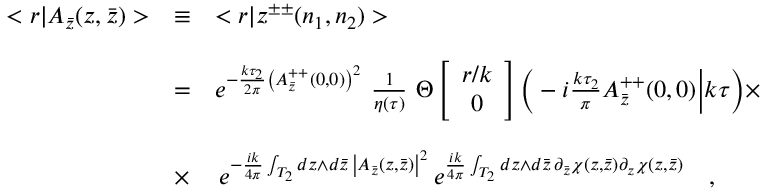
\begin{array} { r c l } { { < r | A _ { \bar { z } } ( z , \bar { z } ) > } } & { { \equiv } } & { { < r | z ^ { \pm \pm } ( n _ { 1 } , n _ { 2 } ) > } } \\ { { } } & { { } } & { { } } \\ { { } } & { { = } } & { { e ^ { - \frac { k \tau _ { 2 } } { 2 \pi } \left( A _ { \bar { z } } ^ { + + } ( 0 , 0 ) \right) ^ { 2 } } \ \frac { 1 } { \eta ( \tau ) } \ \Theta \left[ \begin{array} { c } { { r / k } } \\ { { 0 } } \end{array} \right] \Big ( - i \frac { k \tau _ { 2 } } { \pi } A _ { \bar { z } } ^ { + + } ( 0 , 0 ) \Big | k \tau \Big ) \times } } \\ { { } } & { { } } & { { } } \\ { { } } & { { \times } } & { { \, e ^ { - \frac { i k } { 4 \pi } \int _ { T _ { 2 } } d z \wedge d \bar { z } \, \left| A _ { \bar { z } } ( z , \bar { z } ) \right| ^ { 2 } } \, e ^ { \frac { i k } { 4 \pi } \int _ { T _ { 2 } } d z \wedge d \bar { z } \, \partial _ { \bar { z } } \chi ( z , \bar { z } ) \partial _ { z } \chi ( z , \bar { z } ) } \ \ \ , } } \end{array}